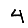
Digit: 4